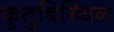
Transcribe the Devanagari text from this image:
कुतुबिय्यिन